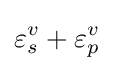
\varepsilon _{s}^{v}+\varepsilon _{p}^{v}